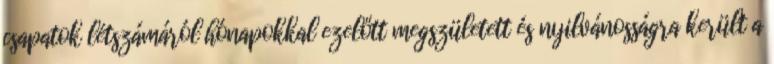
csapatok létszámáról hónapokkal ezelőtt megszületett és nyilvánosságra került a